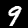
Digit: 9